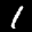
Label: 1